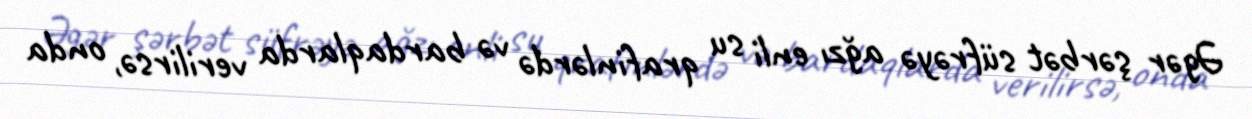
Əgər şərbət süfrəyə ağzı enli su qrafinlərdə və bardaqlarda verilirsə, onda